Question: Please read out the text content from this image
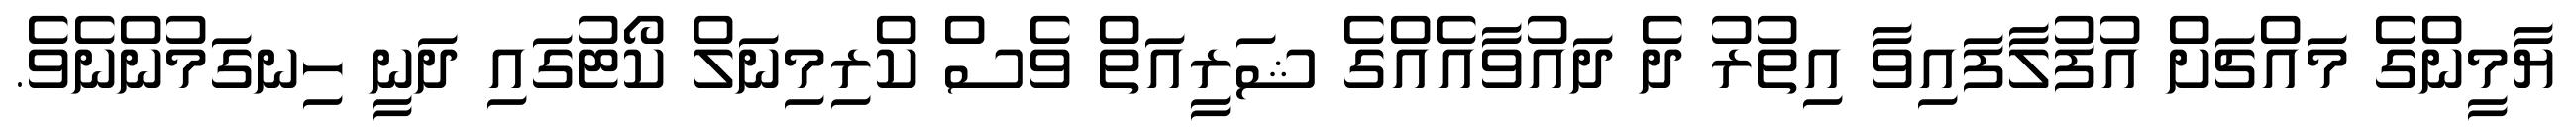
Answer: ޔާމީންގެ މައްޗަށް އުފުލާފައިވާ އިތުރު ދެ ދައުވާއެއްގެ ޝަރީއަތް ވެސް ކްރިމިނަލް ކޯޓުގައި ދަނީ ހިނގަމުންނެވެ.